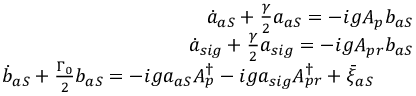
\begin{array} { r l r } & { } & { \dot { a } _ { a S } + \frac { \gamma } { 2 } a _ { a S } = - i g A _ { p } b _ { a S } } \\ & { } & { \dot { a } _ { s i g } + \frac { \gamma } { 2 } a _ { s i g } = - i g A _ { p r } b _ { a S } } \\ & { } & { \dot { b } _ { a S } + \frac { \Gamma _ { 0 } } { 2 } b _ { a S } = - i g a _ { a S } A _ { p } ^ { \dag } - i g a _ { s i g } A _ { p r } ^ { \dag } + \bar { \xi } _ { a S } \quad \quad } \end{array}